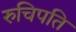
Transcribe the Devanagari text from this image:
रुचिपति